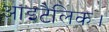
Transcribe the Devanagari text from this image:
आइटैलिक।